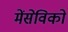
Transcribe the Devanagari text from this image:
मेंसेविको